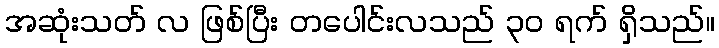
အဆုံးသတ် လ ဖြစ်ပြီး တပေါင်းလသည် ၃၀ ရက် ရှိသည်။